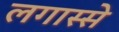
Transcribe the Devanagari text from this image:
लगास्से